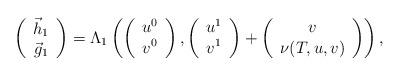
LaTeX: \begin{align*}\left( \begin{array}{cc} \vec{h}_1 \\ \vec{g}_1 \end{array}\right) = \Lambda_1\left( \left( \begin{array}{cc} u^0\\v^0 \end{array}\right), \left( \begin{array}{cc} u^1 \\ v^1 \end{array}\right) + \left( \begin{array}{cc} v \\ \nu(T,u,v) \end{array}\right) \right),\end{align*}